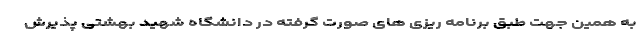
به همین جهت طبق برنامه ریزی های صورت گرفته در دانشگاه شهید بهشتی پذیرش